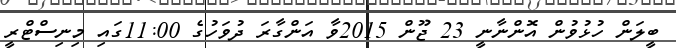
ބީލަން ހުޅުވުން އޮންނާނީ 23 ޖޫން 2015ވާ އަންގާރަ ދުވަހުގެ 11:00ގައި މިނިސްޓްރީ